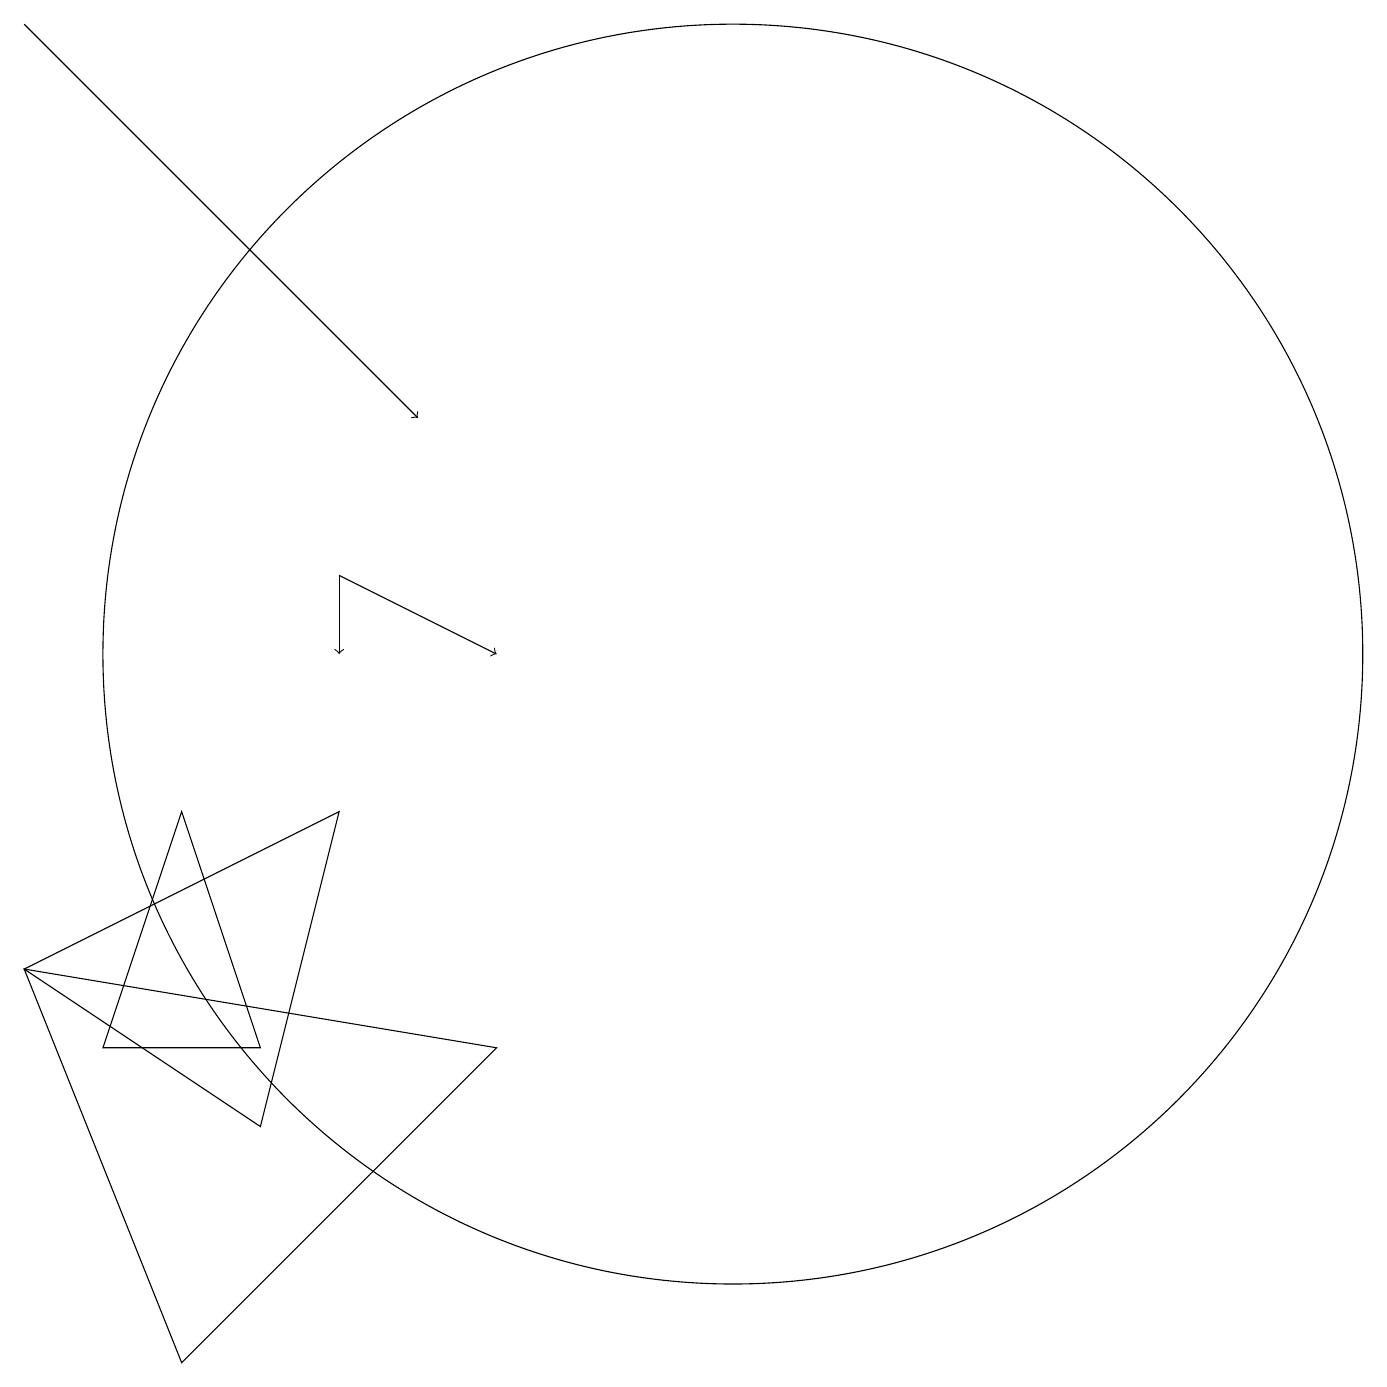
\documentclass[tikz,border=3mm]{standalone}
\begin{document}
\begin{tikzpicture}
\draw (12,11) circle (8);
\draw (3,7) -- (5,2) -- (9,6) -- cycle;
\draw (5,9) -- (6,6) -- (4,6) -- cycle;
\draw (7,9) -- (6,5) -- (3,7) -- cycle;
\draw[->] (3,19) -- (8,14);
\draw[->] (7,12) -- (7,11);
\draw[->] (7,12) -- (9,11);
\draw (12,11) circle (0);
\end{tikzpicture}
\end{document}